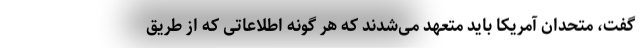
گفت، متحدان آمریکا باید متعهد می‌شدند که هر گونه اطلاعاتی که از طریق